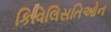
કિવિલિસતિઓન